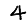
Digit: 4